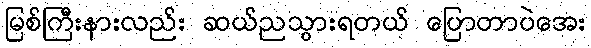
မြစ်ကြီးနားလည်း ဆယ်ညသွားရတယ် ပြောတာပဲအေး